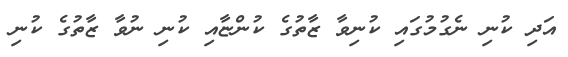
އަދި ކުނި ނެގުމުގައި ކުނިވާ ޒާތުގެ ކުންޏާއި ކުނި ނުވާ ޒާތުގެ ކުނި